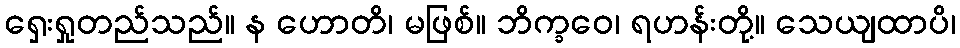
ရှေးရှုတည်သည်။ န ဟောတိ၊ မဖြစ်။ ဘိက္ခဝေ၊ ရဟန်းတို့။ သေယျထာပိ၊